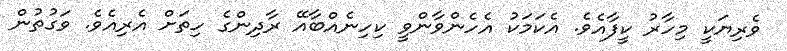
ވެރިޔަކީ މިހާރު ކީފާއެވެ. އެކަމަކު އެހެންވާންވީ ކިހިނެއްބާއޭ ރާދިންގެ ހިތަށް އެރިއެވެ. ވަގުތުން